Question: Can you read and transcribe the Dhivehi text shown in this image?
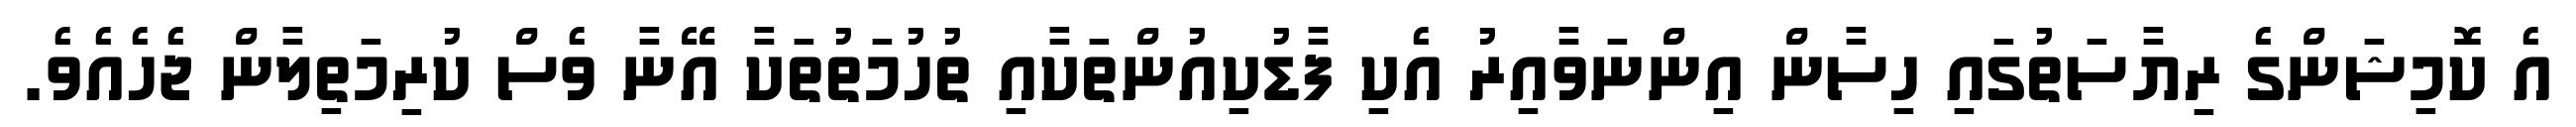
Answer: އެ ކޮމިޝަންގެ ރިޔާސަތުގައި ހިސާން އިންނަވާއިރު އެކި ފާޑުކިއުންތަކާއި ތުހުމަތުތަކާ އޭނާ ވެސް ކުރިމަތިލާން ޖެހެއެވެ.